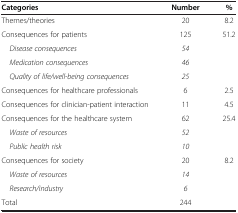
<table><thead><tr><td><b>Categories</b></td><td><b>Number</b></td><td><b>%</b></td></tr></thead><tbody><tr><td>Themes/theories</td><td>20</td><td>8.2</td></tr><tr><td>Consequences for patients</td><td>125</td><td>51.2</td></tr><tr><td> <i>Disease consequences</i></td><td><i>54</i></td><td> </td></tr><tr><td> <i>Medication consequences</i></td><td><i>46</i></td><td> </td></tr><tr><td> <i>Quality of life/well-being consequences</i></td><td><i>25</i></td><td> </td></tr><tr><td>Consequences for healthcare professionals</td><td>6</td><td>2.5</td></tr><tr><td>Consequences for clinician-patient interaction</td><td>11</td><td>4.5</td></tr><tr><td>Consequences for the healthcare system</td><td>62</td><td>25.4</td></tr><tr><td> <i>Waste of resources</i></td><td><i>52</i></td><td> </td></tr><tr><td> <i>Public health risk</i></td><td><i>10</i></td><td> </td></tr><tr><td>Consequences for society</td><td>20</td><td>8.2</td></tr><tr><td> <i>Waste of resources</i></td><td><i>14</i></td><td> </td></tr><tr><td> <i>Research/industry</i></td><td><i>6</i></td><td> </td></tr><tr><td>Total</td><td>244</td><td> </td></tr></tbody></table>